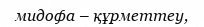
мидофа – құрметтеу,